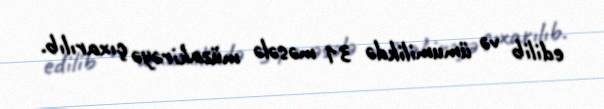
edilib və ümumilikdə 31 məsələ müzakirəyə çıxarılıb.